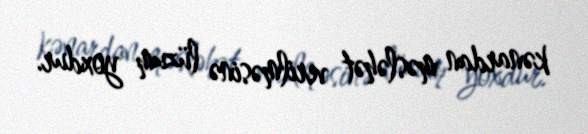
kənardan məsləhət verilməsinə lüzum yoxdur.